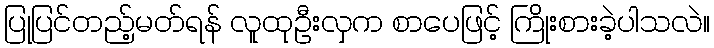
ပြုပြင်တည့်မတ်ရန် လူထုဦးလှက စာပေဖြင့် ကြိုးစားခဲ့ပါသလဲ။